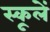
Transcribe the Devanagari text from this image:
स्कूलें